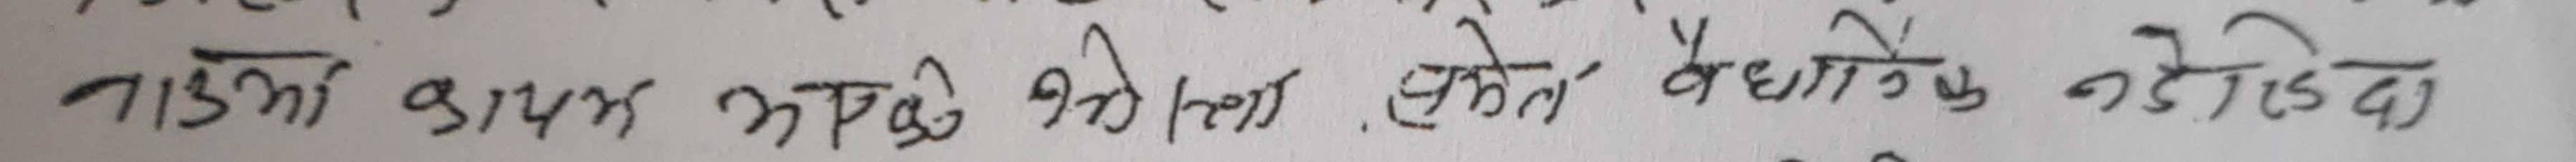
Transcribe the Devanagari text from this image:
नाडेको भाडाको भाडा सोता धधोले लाई दे दिदा